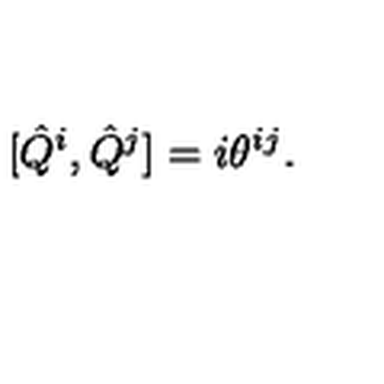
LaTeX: [ \hat { Q } ^ { i } , \hat { Q } ^ { j } ] = i \theta ^ { i j } .